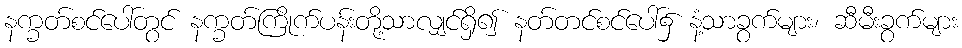
နက္ခတ်စင်ပေါ်တွင် နက္ခတ်ကြိုက်ပန်းတို့သာလျှင်ရှိ၍ နတ်တင်စင်ပေါ်၌ နံ့သာခွက်များ၊ ဆီမီးခွက်များ